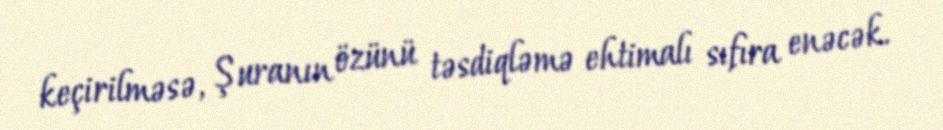
keçirilməsə, Şuranın özünü təsdiqləmə ehtimalı sıfıra enəcək.